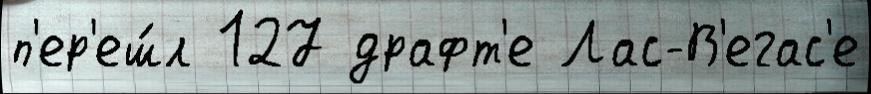
п'ер'еш́л 127 драфт'е Лас-В'егас'е